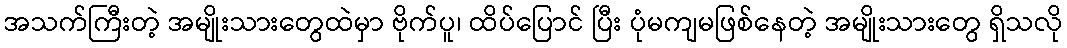
အသက်ကြီးတဲ့ အမျိုးသားတွေထဲမှာ ဗိုက်ပူ၊ ထိပ်ပြောင် ပြီး ပုံမကျမဖြစ်နေတဲ့ အမျိုးသားတွေ ရှိသလို